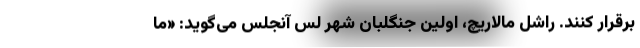
برقرار کنند. راشل مالاریچ، اولین جنگلبان شهر لس آنجلس می‌گوید: «ما